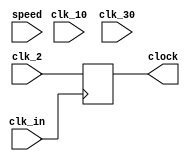
`timescale 1ns / 1ps
//////////////////////////////////////////////////////////////////////////////////
// Company: 
// Engineer: 
// 
// Design Name: 
// Module Name:    clock_type 
// Project Name: 
// Target Devices: 
// Tool versions: 
// Description: 
//
// Dependencies: 
//
// Revision: 
// Revision 0.01 - File Created
// Additional Comments: 
//
//////////////////////////////////////////////////////////////////////////////////
module clock_type(
	input clk_in,
	input clk_2,
	input clk_10,
	input clk_30,
	input wire speed,
	output clock
    );

reg clk;

always @ (posedge clk_in) begin
	case (speed)
		2: clk <= clk_2;
		10: clk <= clk_10;
		30: clk <= clk_30;
		default: clk <= clk_2;
	endcase
end 

assign clock = clk;

endmodule